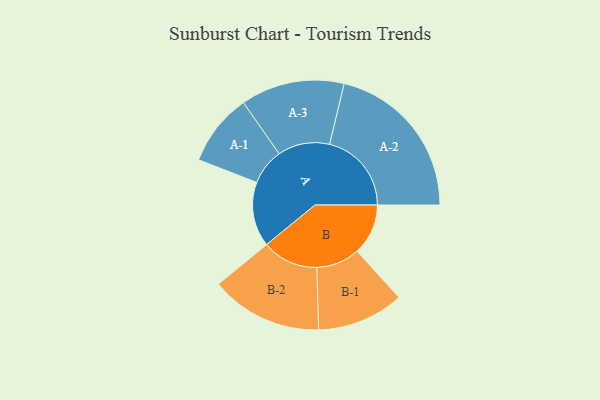
{"axis": {"x": "Segment", "y": "Value"}, "legend": ["", "A", "B"], "data": [{"x": "A", "y": 231, "type": ""}, {"x": "B", "y": 182, "type": ""}, {"x": "A-1", "y": 129, "type": "A"}, {"x": "A-2", "y": 292, "type": "A"}, {"x": "A-3", "y": 185, "type": "A"}, {"x": "B-1", "y": 155, "type": "B"}, {"x": "B-2", "y": 200, "type": "B"}]}